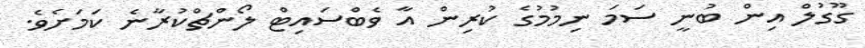
ގޫގުލް އިން ބުނީ ސަމަ ނިމުމުގެ ކުރިން އާ ވެބްސައިޓް ލޯންޗްކުރާނެ ކަމަށެވެ.